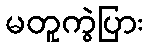
မတူကွဲပြား